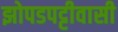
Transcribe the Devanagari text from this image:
झोपडपट्टीवासी